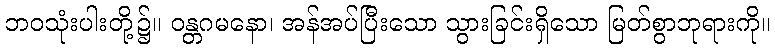
ဘဝသုံးပါးတို့၌။ ဝန္တဂမနော၊ အန်အပ်ပြီးသော သွားခြင်းရှိသော မြတ်စွာဘုရားကို။